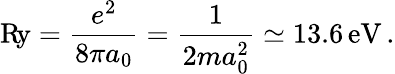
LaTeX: \mathrm{R\! y}={\frac{e^{2}}{8\pi a_{0}}}={\frac{1}{2ma_{0}^{2}}}\simeq 13.6\, \mathrm{eV}\, .